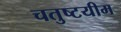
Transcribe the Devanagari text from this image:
चतुष्टयीम